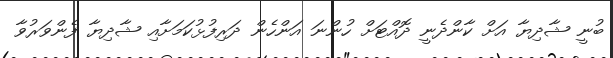
ބުނީ ޝާދިޔާ އަށް ކާންދެނީ ދޮއްޓަށް ހުންނަ އަންހެން ދަރިފުޅުކަމަށާއި ޝާދިޔާ ފެންވަރުވާ